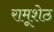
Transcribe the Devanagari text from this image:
रामूशेठ